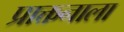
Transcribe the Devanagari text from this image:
प्राक्तनाला